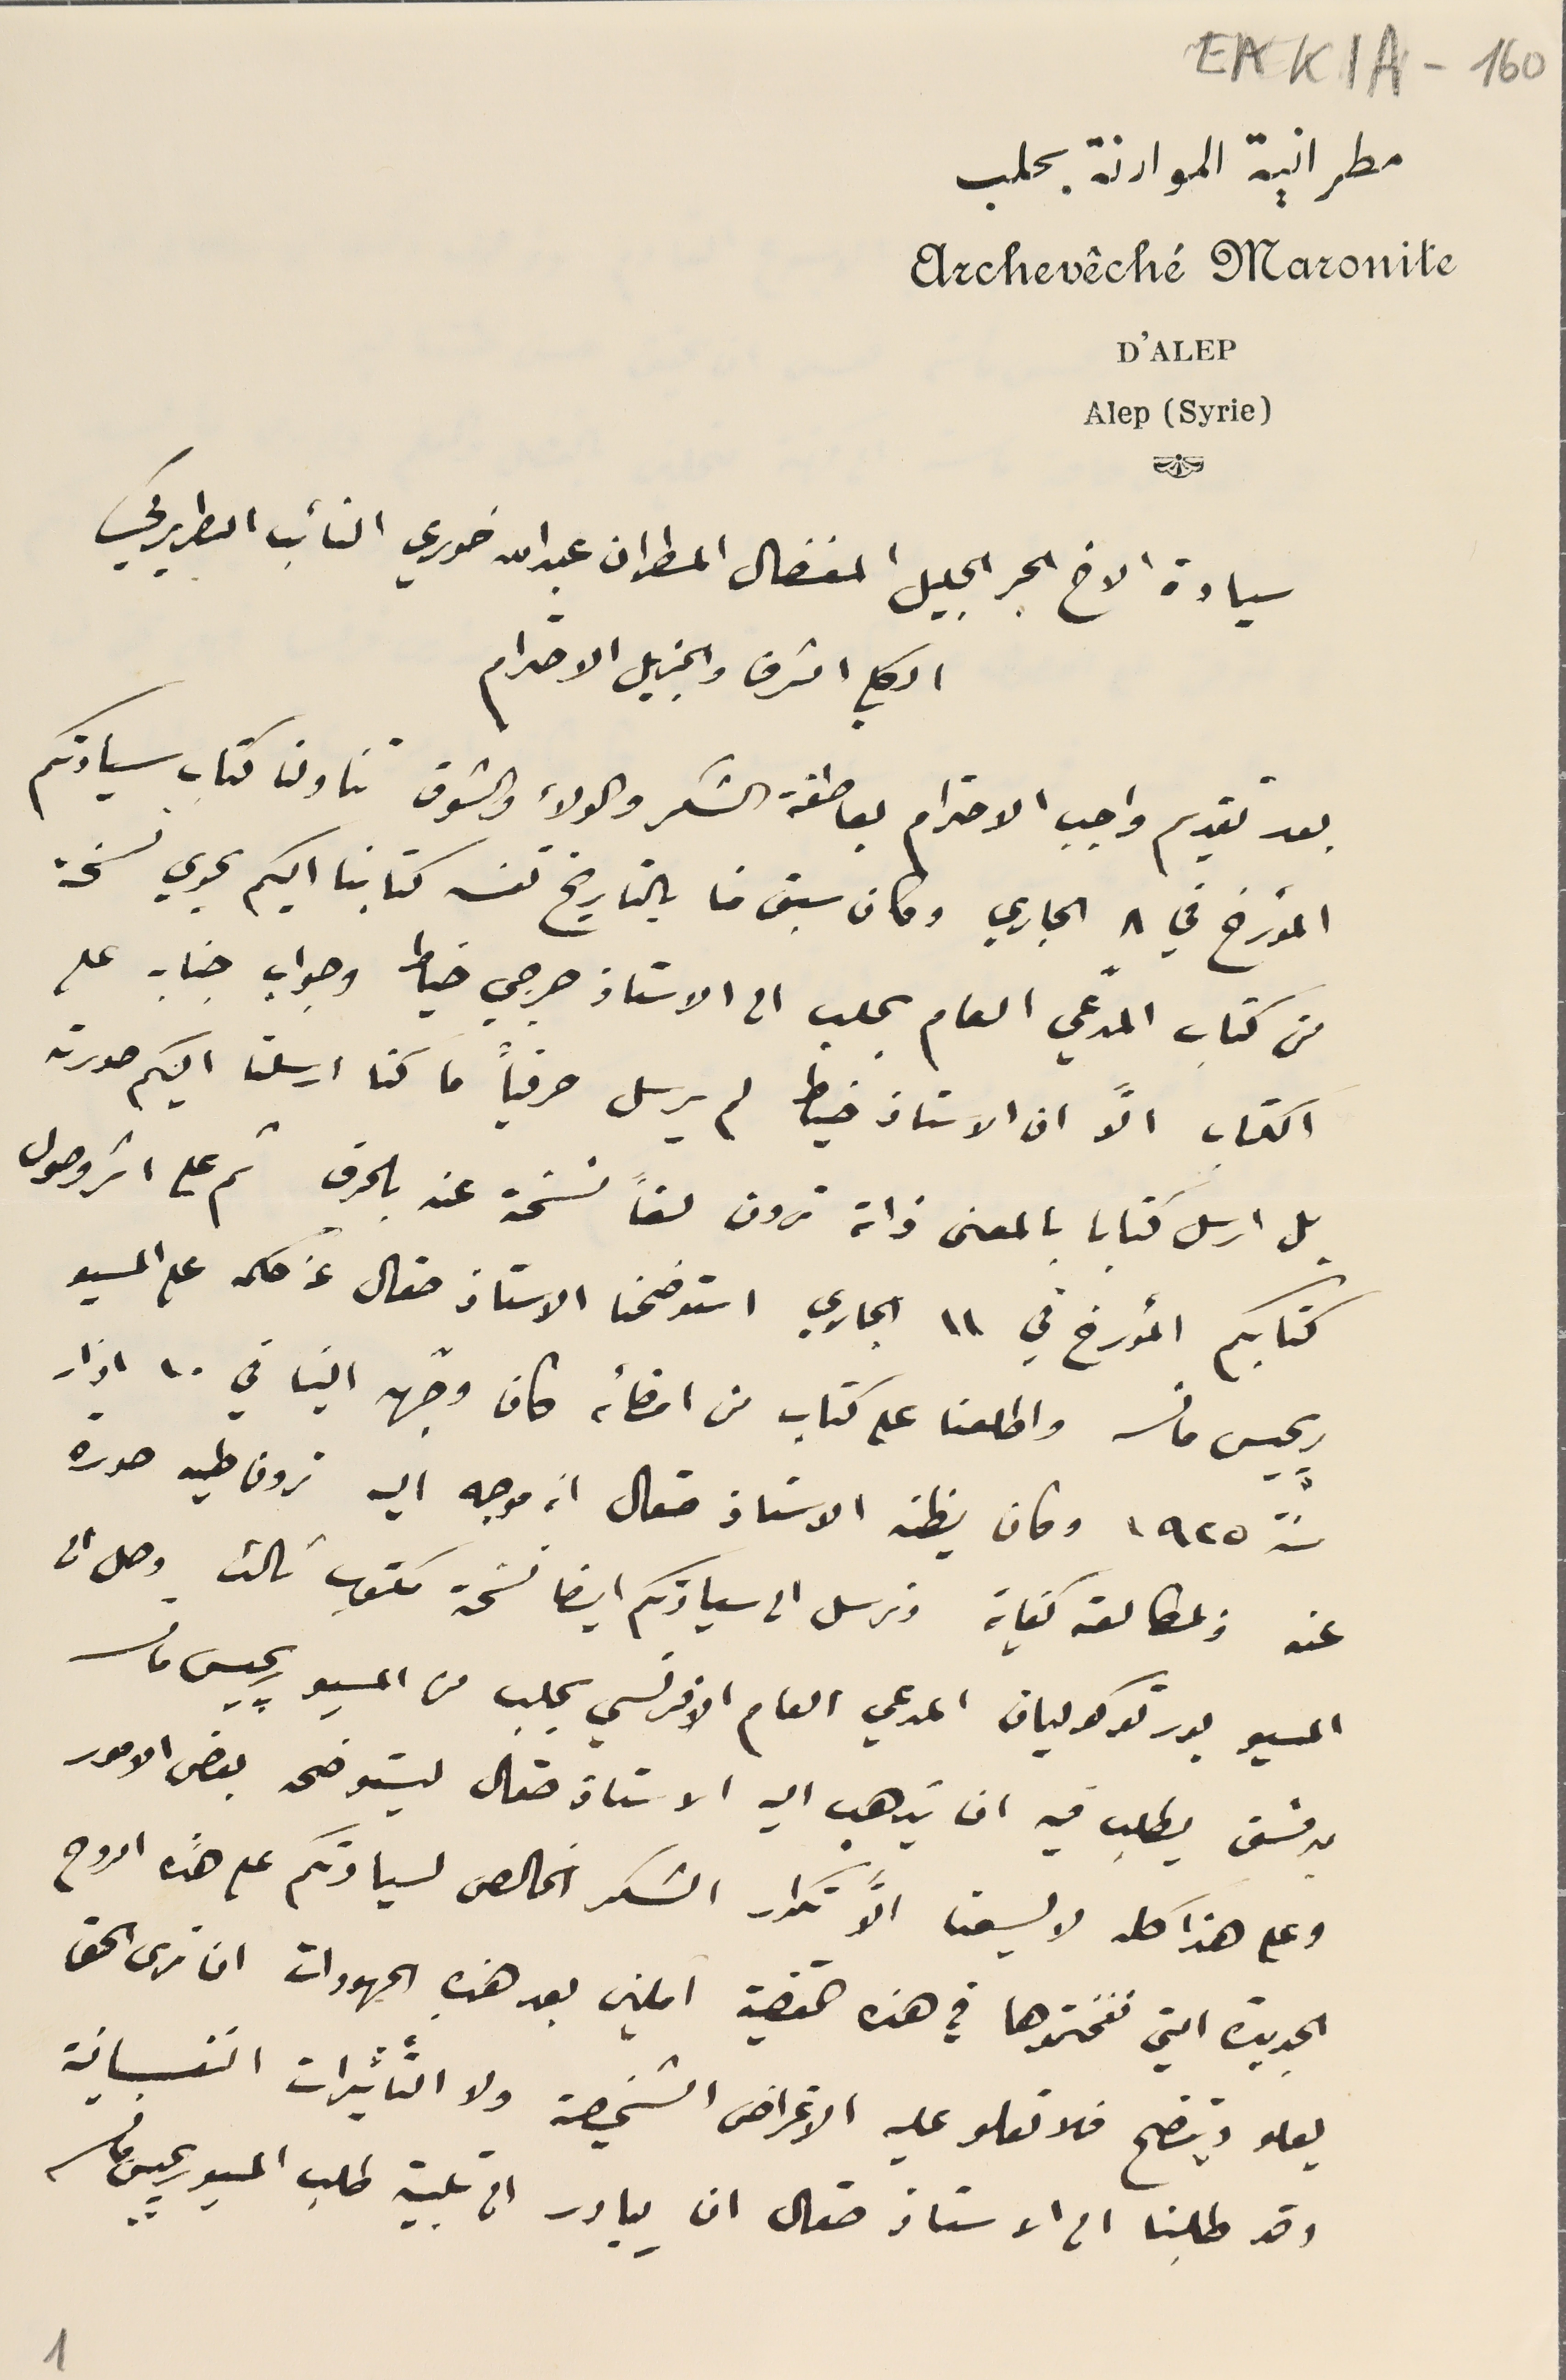
EAK1A - 160
مطرانية الموارنة بحلب
Archevêché Maronite

D'ALEP
Alep (Syrie)
سيادة الاخ الحبر الجليل المفضال المطران عبدالله خوري النائب البطريركي
الكلي الشرف والجزيل الاحترام
بعد تقديم واجب الاحترام بعاطفة الشكر والولاء والشوق تناولنا كتاب سيادتكم
المؤرخ في ٨ الجاري وكان سبق منا بالتاريخ نفسه كتابنا اليكم يحوي نسخة
من كتاب المدعي العام بحلب الى الاستاذ جرجي خياط وجواب جنابه على
الكتاب الاَّ ان الاستاذ خياط لم يرسل حرفياً ما كنا ارسلنا اليكم صورته
بل ارسل كتابا بالمعنى ذاته ترون لفاً نسخة عنه بالحرف ثم على اثر وصول
كتابكم المؤرخ في ١١ الجاري استوضحنا الاستاذ صقال عن حكمه على المسيو
 ريجيس مانسه واطلعنا على كتاب من امضائه كاف وجّهه الينا في ١٠ اذار
سنة ١٩٢٥ وكان يظن الاستاذ صقال انه موجه اليه ترون طيه صورة
عنه ولمطالعته كفاية ونرسل الى سيادتكم ايضا نسَخة مكتوب ثالث وصل الى
 المسيو بورتوكوليان المدعي العام الافرنسي بحلب من المسيو ريجيس مانسه
بدمشق يطلب فيه ان يذهب اليه الاستاذ صقال ليستوضحه بعض الامور
وعلى هذا كله لا يسعنا الاَّ تكرار الشكر الخالص لسيادتكم على هذه الروح
الجديدة التي نفختموها في هذه القضية املين بعد هذهِ الجهودات ان نرى الحق
يعلو ويتضح فلا تعلو عليه الاغراض الشخصية ولا التاثيرات النفسانية
وقد طلبنا الى الاستاذ صقال ان يبادر الى تلبية طلب المسيو ريجيس مانسه
1